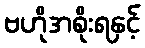
ဗဟိုအစိုးရနှင့်